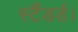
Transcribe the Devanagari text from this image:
स्टैंडर्ड।